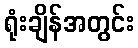
ရုံးချိန်အတွင်း